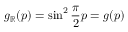
g _ { \mathbb { R } } ( p ) = \sin ^ { 2 } \frac { \pi } { 2 } p = g ( p )